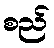
စည်